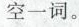
空一词。